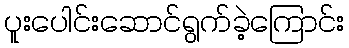
ပူးပေါင်းဆောင်ရွက်ခဲ့ကြောင်း